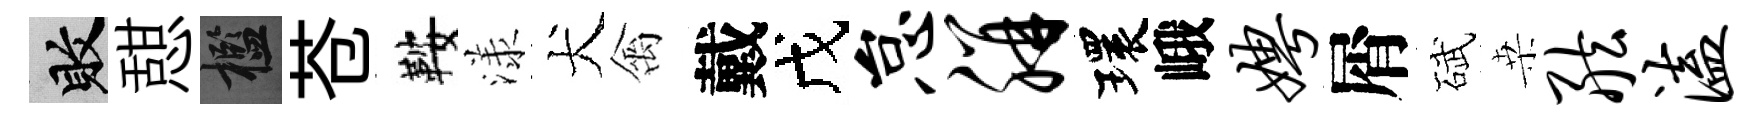
敗憇檻苍鞍漾犬禽戴戊怠胼環峨娉屑碔桒舷溘